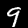
Label: 9